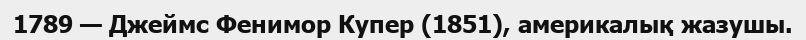
1789 — Джеймс Фенимор Купер (1851), америкалық жазушы.